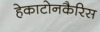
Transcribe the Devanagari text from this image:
हेकाटोनकैरिस